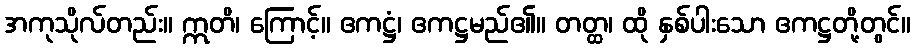
အကုသိုလ်တည်း။ ဣတိ၊ ကြောင့်။ ဧကဋ္ဌံ၊ ဧကဋ္ဌမည်၏။ တတ္ထ၊ ထို နှစ်ပါးသော ဧကဋ္ဌတို့တွင်။